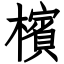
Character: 檳